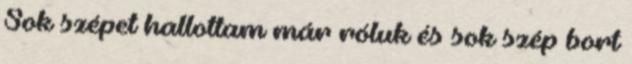
Sok szépet hallottam már róluk és sok szép bort